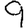
Digit: 9